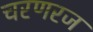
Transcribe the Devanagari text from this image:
चरणरज